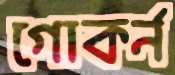
গোকর্ন